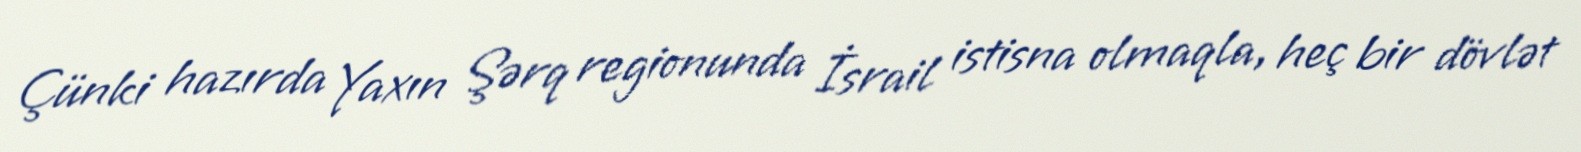
Çünki hazırda Yaxın Şərq regionunda İsrail istisna olmaqla, heç bir dövlət